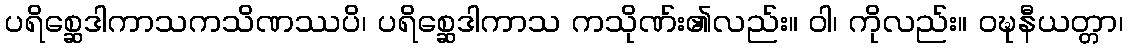
ပရိစ္ဆေဒါကာသကသိဏဿပိ၊ ပရိစ္ဆေဒါကာသ ကသိုဏ်း၏လည်း။ ဝါ၊ ကိုလည်း။ ဝဍ္ဎနီယတ္တာ၊